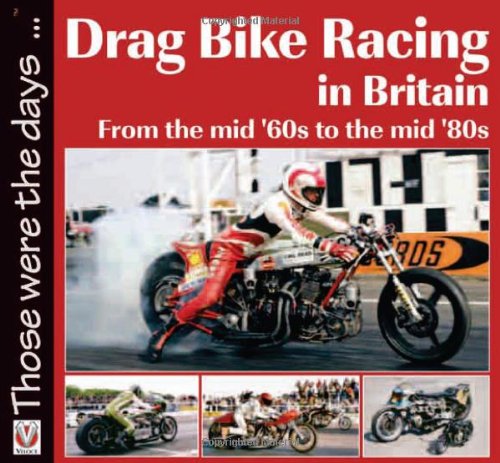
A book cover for Drag Bike Racing in Britain: From the mid 60s to the mid 80s (Those were the days...); Keith Lee; Sports & Outdoors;